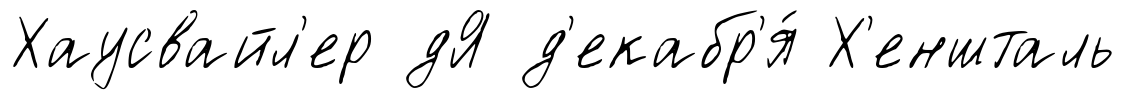
Хаусвайл'ер дЯ д'екабр'я́ Х'еншталь